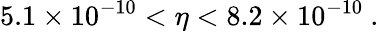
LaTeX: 5.1\times 10^{-10}<\eta<8.2\times 10^{-10}~.